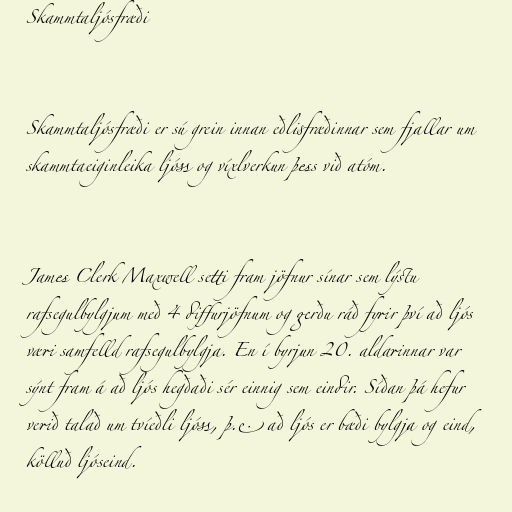
Skammtaljósfræði

Skammtaljósfræði er sú grein innan eðlisfræðinnar sem fjallar um
skammtaeiginleika ljóss og víxlverkun þess við atóm.

James Clerk Maxwell setti fram jöfnur sínar sem lýstu
rafsegulbylgjum með 4 diffurjöfnum og gerðu ráð fyrir því að ljós
væri samfelld rafsegulbylgja. En í byrjun 20. aldarinnar var
sýnt fram á að ljós hegðaði sér einnig sem eindir. Síðan þá hefur
verið talað um tvíeðli ljóss, þ.e. að ljós er bæði bylgja og eind,
kölluð ljóseind.